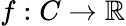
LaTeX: f:C\to\mathbb{R}